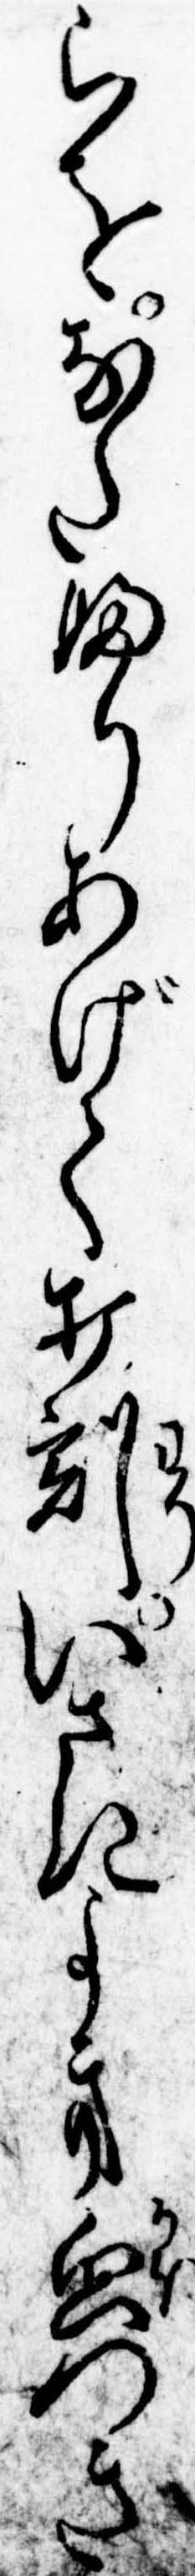
らをなたふりあげて打割いさきよき貌つき